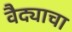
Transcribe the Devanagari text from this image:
वैद्याचा